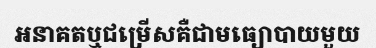
អនាគតឬជម្រើសគឺជាមធ្យោបាយមួយ